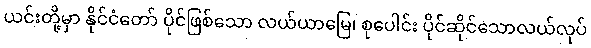
ယင်းတို့မှာ နိုင်ငံတော် ပိုင်ဖြစ်သော လယ်ယာမြေ၊ စုပေါင်း ပိုင်ဆိုင်သောလယ်လုပ်